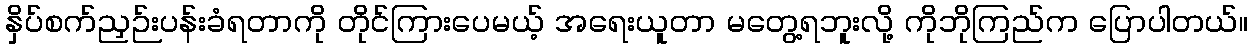
နှိပ်စက်ညှဉ်းပန်းခံရတာကို တိုင်ကြားပေမယ့် အရေးယူတာ မတွေ့ရဘူးလို့ ကိုဘိုကြည်က ပြောပါတယ်။